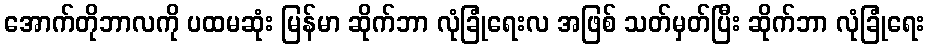
အောက်တိုဘာလကို ပထမဆုံး မြန်မာ ဆိုက်ဘာ လုံခြုံရေးလ အဖြစ် သတ်မှတ်ပြီး ဆိုက်ဘာ လုံခြုံရေး